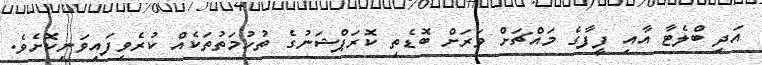
އަދި ބްލެޓާ އާއި ފީފާގެ މައްޗަށް ވަރަށް ބޮޑެތި ކޮރަޕްޝަނުގެ ތުހުމަތުތަކެއް ކުރެވިފައިވަނިކޮށެވެ.